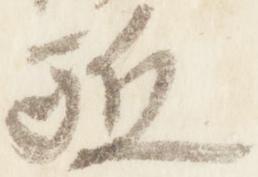
駈